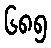
၆၈၅